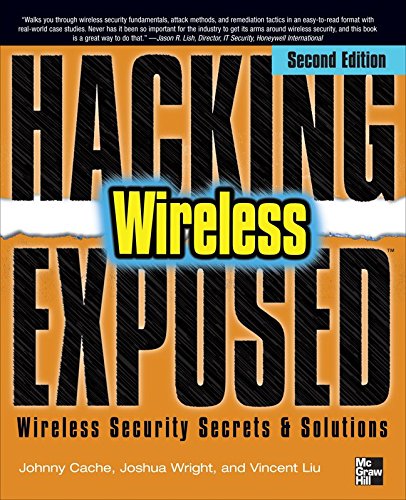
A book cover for Hacking Exposed Wireless: Wireless Security Secrets & Colutions; Johnny Cache; Computers & Technology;